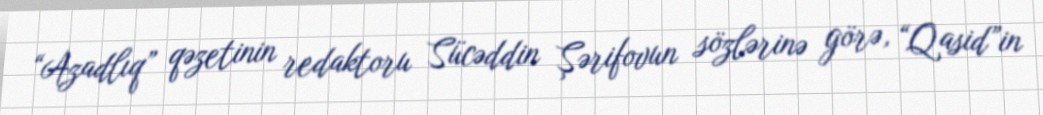
“Azadlıq” qəzetinin redaktoru Sücəddin Şərifovun sözlərinə görə, “Qasid”in